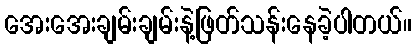
အေးအေးချမ်းချမ်းနဲ့ဖြတ်သန်းနေခဲ့ပါတယ်။